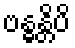
ဗန္ဓန္တိပိ